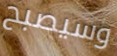
وسيصبح